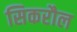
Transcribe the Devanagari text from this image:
सिकरौल